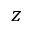
z